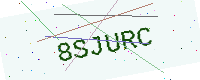
Text: 8SJURC